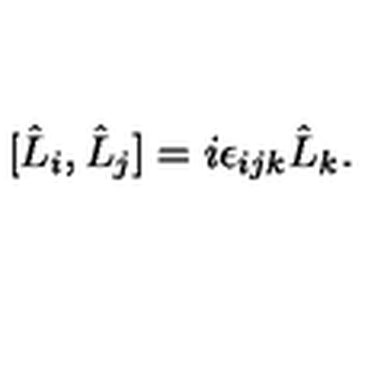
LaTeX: [ \hat { L } _ { i } , \hat { L } _ { j } ] = i \epsilon _ { i j k } \hat { L } _ { k } .